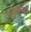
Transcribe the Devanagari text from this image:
चेतामार्गाने